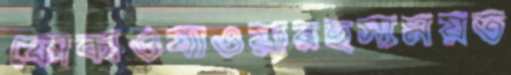
ফোকাওযাওয়ারহস্যময়ত